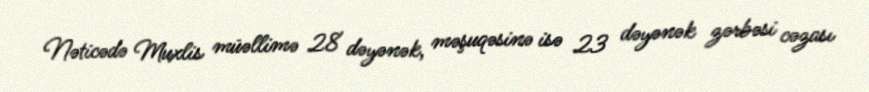
Nəticədə Muxlis müəllimə 28 dəyənək, məşuqəsinə isə 23 dəyənək zərbəsi cəzası